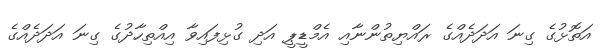
އަތޮޅުގެ ގިނަ އަދަދެއްގެ ރައްޔިތުންނާއި އެމްޑީޕީ އަދި ގުޅިފައިވާ އިއްތިހާދުގެ ގިނަ އަަދަދެއްގެ